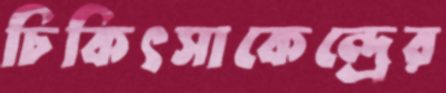
চিকিৎসাকেন্দ্রের